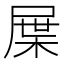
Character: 屟